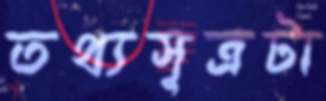
তথ্যসূত্রটা